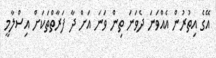
އޭގެ އިތުރުން އެއްވަނަ ދެވަނަ ތިން ވަނަ އަށް ދާ ފަރާތްތަކަށް އިސްލާމީ